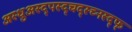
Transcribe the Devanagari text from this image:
अस्धुअस्द्पस्द्चद्स्च्नस्द्फ्